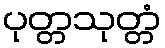
ပုတ္တသုတ္တံ